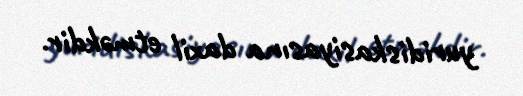
yuridiskasiyasına daxil etməkdir.